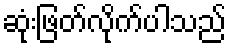
ဆုံးဖြတ်လိုက်ပါသည်